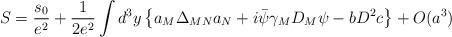
LaTeX: \begin{align*}S = \frac{s_0}{e^2} + \frac{1}{2e^2} \int d^3 y\left\{ a_M \Delta_{MN} a_N + i \bar\psi \gamma_M D_M \psi- b D^2 c \right\} + O(a^3)\end{align*}